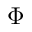
\Phi